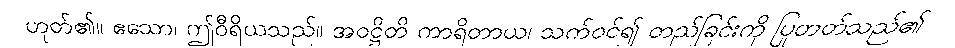
ဟုတ်၏။ ဧသော၊ ဤဝီရိယသည်။ အဝဋ္ဌိတိ ကာရိတာယ၊ သက်ဝင်၍ တည်ခြင်းကို ပြုတတ်သည်၏